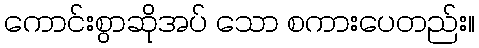
ကောင်းစွာဆိုအပ် သော စကားပေတည်း။